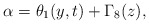
\begin{align*}\alpha=\theta_{1}(y,t)+\Gamma_{8}(z), \end{align*}